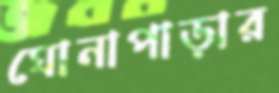
ঘোনাপাড়ার